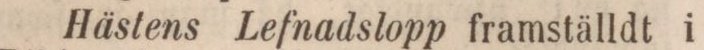
Hästens Lefnadslopp framställdt i